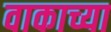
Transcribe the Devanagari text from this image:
वाकाच्या